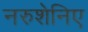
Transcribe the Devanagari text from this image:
नरुशेनिए